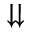
\downdownarrows